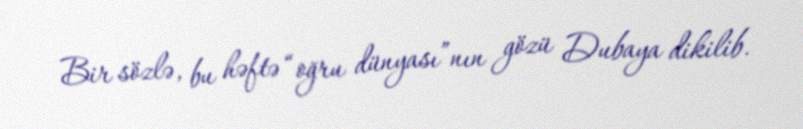
Bir sözlə, bu həftə “oğru dünyası”nın gözü Dubaya dikilib.